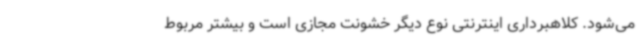
می‌شود. کلاهبرداری اینترنتی نوع دیگر خشونت مجازی است و بیشتر مربوط